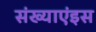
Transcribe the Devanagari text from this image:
संख्याएंइस